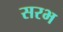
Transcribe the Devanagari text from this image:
सरभ